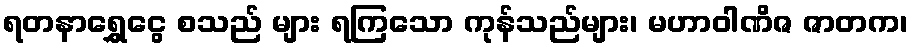
ရတနာရွှေငွေ စသည် များ ရကြသော ကုန်သည်များ၊ မဟာဝါဏိဇ ဇာတက၊